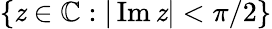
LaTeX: \{ \mathit{z}\in\mathbb{{C}}:|\operatorname{Im}\mathit{z}|<\pi/2\}